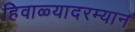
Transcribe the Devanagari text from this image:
हिवाळ्यादरम्यान